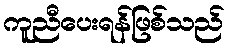
ကူညီပေးရန်ဖြစ်သည်